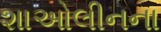
શાઓલીનના